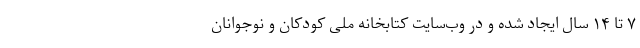
۷ تا ۱۴ سال ایجاد شده و در وب‌سایت کتابخانه ملی کودکان و نوجوانان